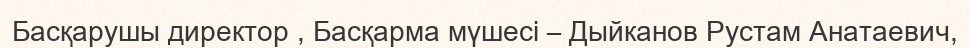
Басқарушы директор , Басқарма мүшесі – Дыйканов Рустам Анатаевич,